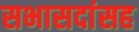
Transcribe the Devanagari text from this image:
सभासदांसह